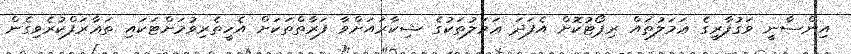
އިންސާނީ ވަގުފާރީގެ ޢަމަލުތައް ރިޕޯޓުކޮށް އެފަދަ ޢަމަލުތަކުގެ ޝިކާރައަށްވާ ފަރާތްތަކަށް އެހީތެރިވުމަށްޓަކައި ތަޢާރަފްކުރެވިގެން